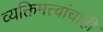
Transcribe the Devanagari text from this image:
व्यक्तिमत्त्वांचाही